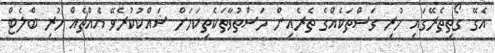
އެގޭ ގޯތިތެރޭގައި ހުރި ގަސްތަކެއްގެ ތެރެއިިން މަސްތުވާތަކެތިކަމަށް ޝައްކުކުރެވޭ އެއްޗެއް ހުރި ބްލެޓް